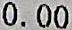
0.00